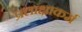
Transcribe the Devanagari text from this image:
प्रलाक्षाकर्म